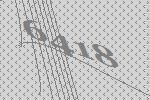
6418